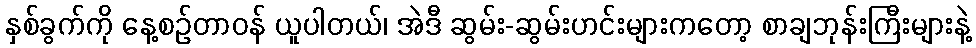
နှစ်ခွက်ကို နေ့စဉ်တာဝန် ယူပါတယ်၊ အဲဒီ ဆွမ်း-ဆွမ်းဟင်းများကတော့ စာချဘုန်းကြီးများနဲ့